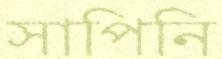
সাপিনি